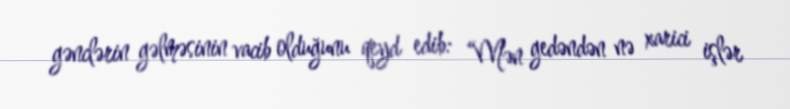
gənclərin gəlməsinin vacib olduğunu qeyd edib: “Mən gedəndən nə xarici işlər